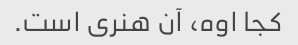
کجا اوه، آن هنری است.